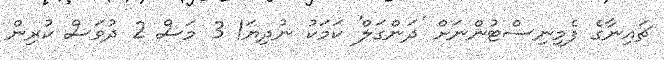
ޗައިނާގެ ފެމިނިސްޓުންނަށް 'ދަންގަލް' ކަމަކު ނުދިޔަ! 3 މަސް 2 ދުވަސް ކުރިން